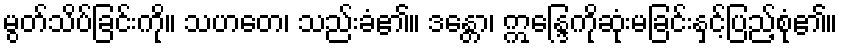
မွတ်သိပ်ခြင်းကို။ သဟတေ၊ သည်းခံ၏။ ဒန္တော၊ ဣန္ဒြေကိုဆုံးမခြင်းနှင့်ပြည့်စုံ၏။